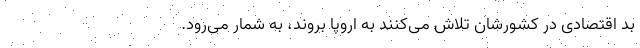
بد اقتصادی در کشورشان تلاش می‌کنند به اروپا بروند، به شمار می‌رود.